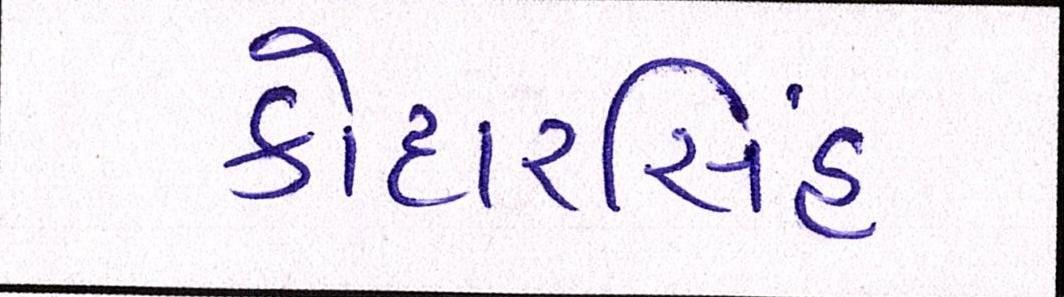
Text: કોદારસિંહ